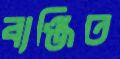
ব্যঞ্জিত